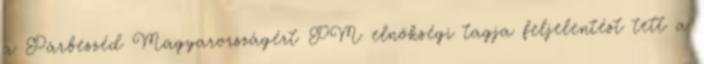
a Párbeszéd Magyarországért PM elnökségi tagja feljelentést tett a